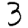
Digit: 3